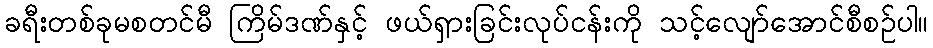
ခရီးတစ်ခုမစတင်မီ ကြိမ်ဒဏ်နှင့် ဖယ်ရှားခြင်းလုပ်ငန်းကို သင့်လျော်အောင်စီစဉ်ပါ။